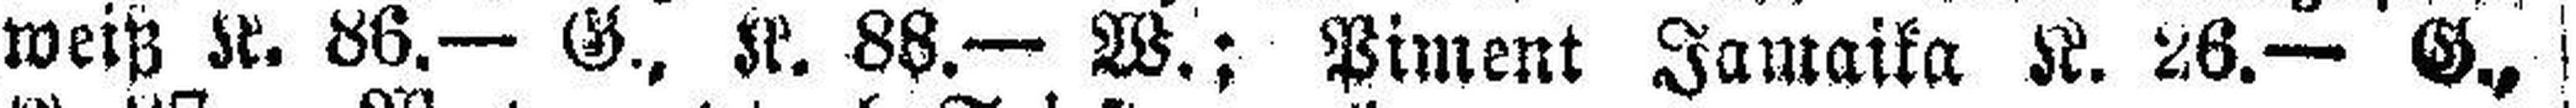
weiß K. 86.— G., K. 88.— W.; Piment Jamaika K. 26.— G.,